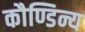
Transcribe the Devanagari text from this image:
कौण्डिन्य